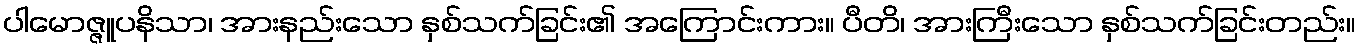
ပါမောဇ္ဇူပနိသာ၊ အားနည်းသော နှစ်သက်ခြင်း၏ အကြောင်းကား။ ပီတိ၊ အားကြီးသော နှစ်သက်ခြင်းတည်း။